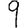
Digit: 9